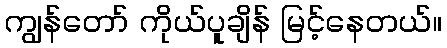
ကျွန်တော် ကိုယ်ပူချိန် မြင့်နေတယ်။